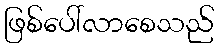
ဖြစ်ပေါ်လာစေသည်